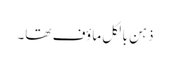
ذہن بالکل ماؤف تھا۔